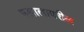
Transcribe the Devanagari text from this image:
मलालावरील